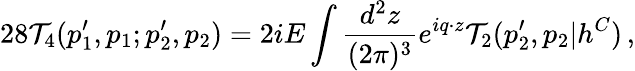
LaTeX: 28{\cal T}_{4}(p_{1}^{\prime},p_{1};p_{2}^{\prime},p_{2})=2iE\int\frac{d^{2}z}{(2\pi)^{3}}e^{iq\cdot z}{\cal T}_{2}(p_{2}^{\prime},p_{2}|h^{C})\, ,